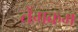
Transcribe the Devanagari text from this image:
तेंगकम